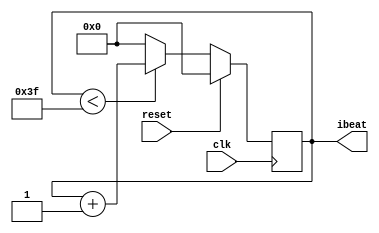
//
//
//
//

module PlayerCtrl (
	input clk,
	input reset,
	output reg [7:0] ibeat
);
parameter BEATLEAGTH = 63;

always @(posedge clk) begin
	if (reset == 1)
		ibeat <= 0;
	else if (ibeat < BEATLEAGTH) 
		ibeat <= ibeat + 1;
	else 
		ibeat <= 0;
end

endmodule